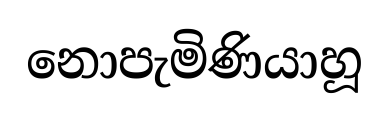
නොපැමිණියාහූ